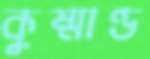
কুষ্মাণ্ড